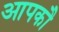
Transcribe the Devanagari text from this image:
आपकौ